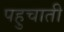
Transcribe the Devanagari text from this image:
पहुचाती